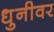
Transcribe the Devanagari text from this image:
धुनीवर